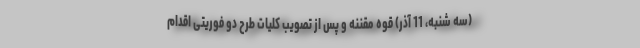
(سه شنبه، 11 آذر) قوه مقننه و پس از تصویب کلیات طرح دو فوریتی اقدام